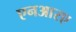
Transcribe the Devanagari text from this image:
एनआरए